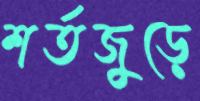
শর্তজুড়ে